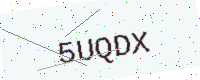
Text: 5UQDX